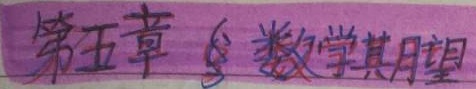
第五章 数学期望